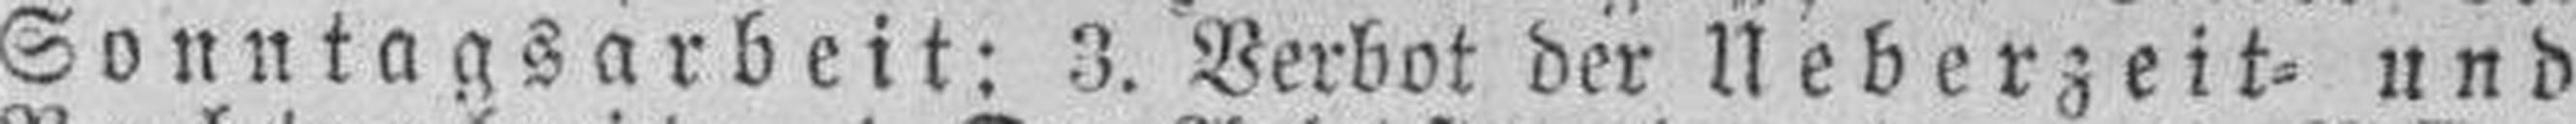
Sonntagsarbeit; 3. Verbot der Ueberzeit= und